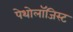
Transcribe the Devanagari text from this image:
पेथोलॉजिस्ट